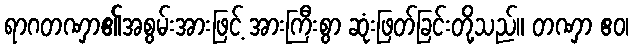
ရာဂတဏှာ၏အစွမ်းအားဖြင့် အားကြီးစွာ ဆုံးဖြတ်ခြင်းတို့သည်။ တဏှာ ဧဝ၊